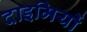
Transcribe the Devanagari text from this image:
दाइमियों